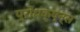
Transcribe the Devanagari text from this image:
प्रोधक्ष्न्स